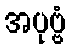
အပုဗ္ဗံ